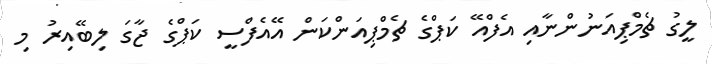
ލީގު ޗެމްޕިއަނުންނާއި އެފްއޭ ކަޕްގެ ޗެމްޕިއަންކަން އޭއެފްސީ ކަޕްގެ ޖާގަ ލިބޭއިރު މި